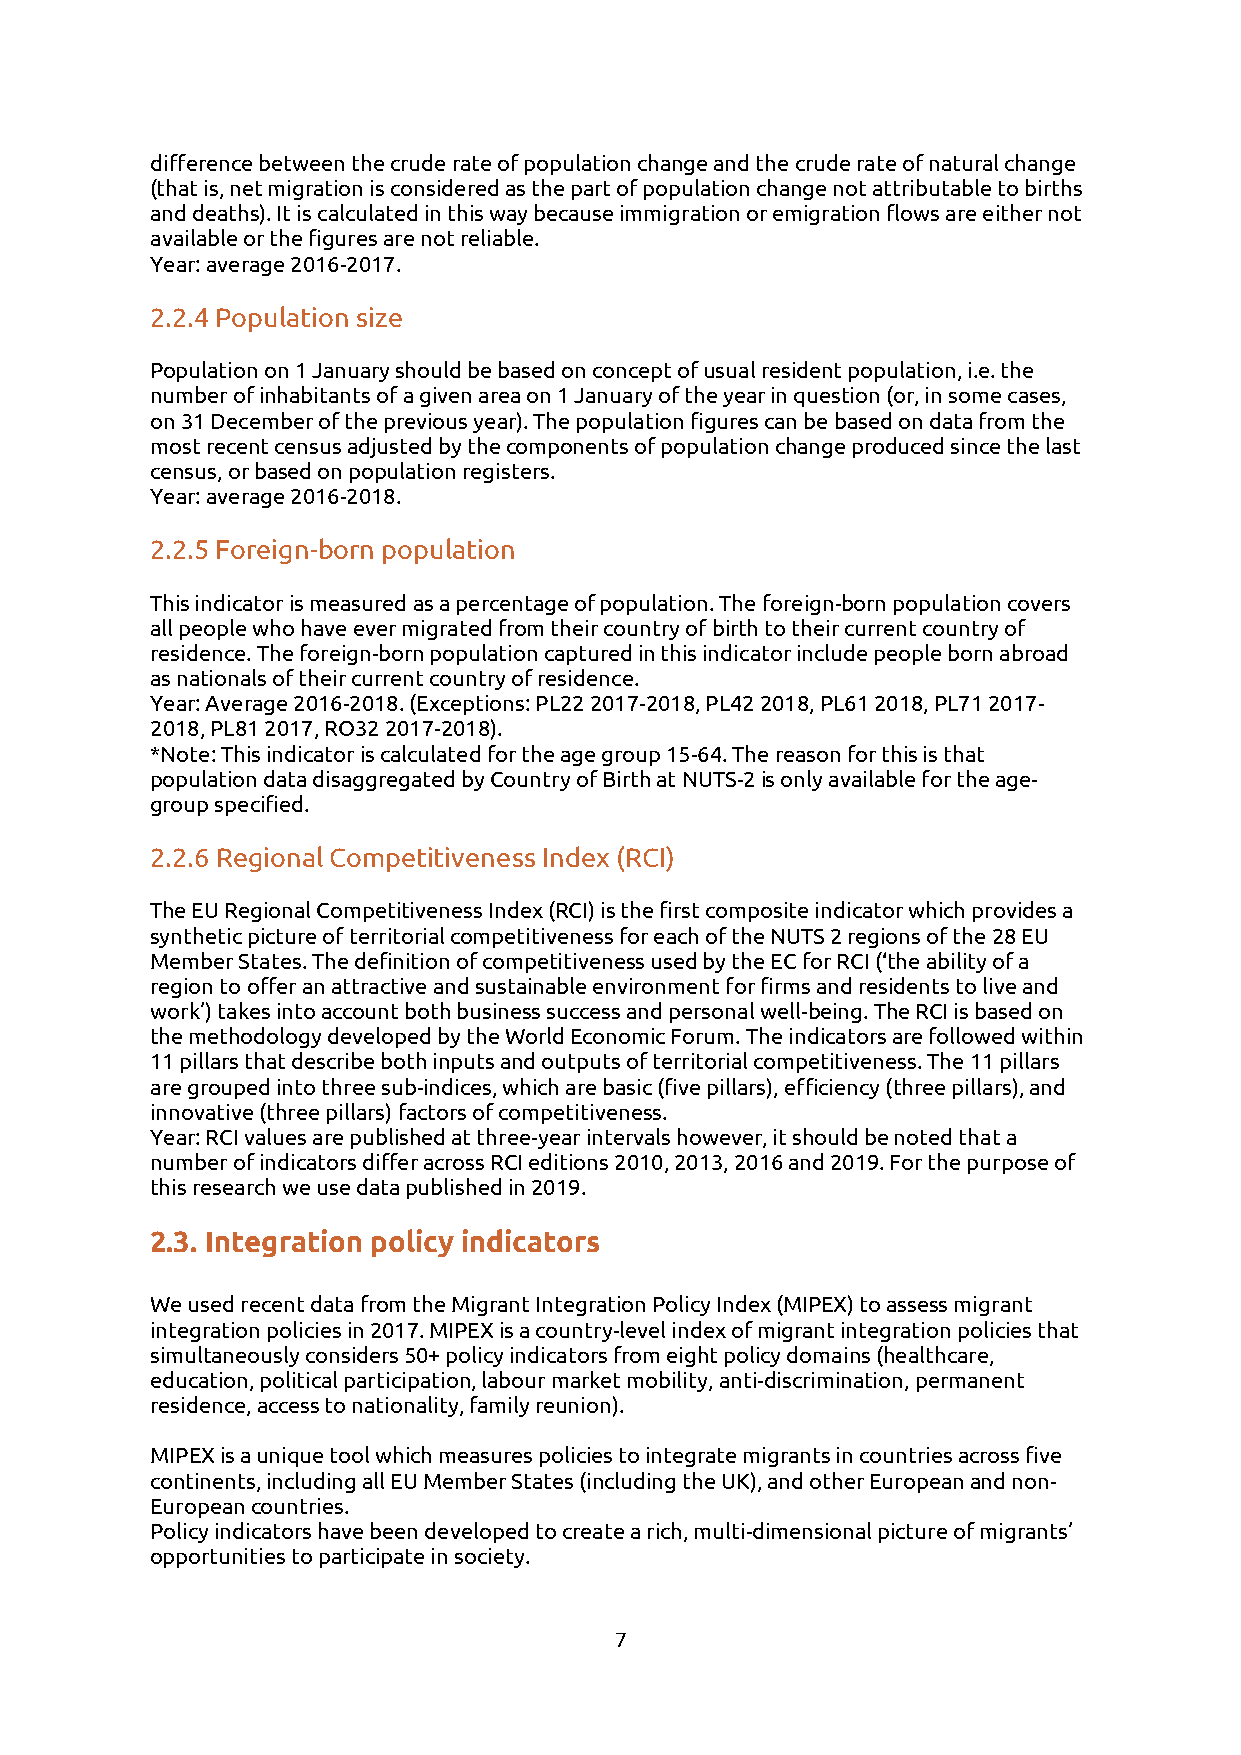
difference between the crude rate of population change and the crude rate of natural change
 (that is, net migration is considered as the part of population change not attributable to births
 and deaths). It is calculated in this way because immigration or emigration flows are either not
 available or the figures are not reliable.
 Year: average 2016-2017.
 2.2.4 Population size
 Population on 1 January should be based on concept of usual resident population, i.e. the
 number of inhabitants of a given area on 1 January of the year in question (or, in some cases,
 on 31 December of the previous year). The population figures can be based on data from the
 most recent census adjusted by the components of population change produced since the last
 census, or based on population registers.
 Year: average 2016-2018.
 2.2.5 Foreign-born population
 This indicator is measured as a percentage of population. The foreign-born population covers
 all people who have ever migrated from their country of birth to their current country of
 residence. The foreign-born population captured in this indicator include people born abroad
 as nationals of their current country of residence.
 Year: Average 2016-2018. (Exceptions: PL22 2017-2018, PL42 2018, PL61 2018, PL71 2017-
 2018, PL81 2017, RO32 2017-2018).
 *Note: This indicator is calculated for the age group 15-64. The reason for this is that
 population data disaggregated by Country of Birth at NUTS-2 is only available for the age-
 group specified.
 2.2.6 Regional Competitiveness Index (RCI)
 The EU Regional Competitiveness Index (RCI) is the first composite indicator which provides a
 synthetic picture of territorial competitiveness for each of the NUTS 2 regions of the 28 EU
 Member States. The definition of competitiveness used by the EC for RCI (‘the ability of a
 region to offer an attractive and sustainable environment for firms and residents to live and
 work’) takes into account both business success and personal well-being. The RCI is based on
 the methodology developed by the World Economic Forum. The indicators are followed within
 11 pillars that describe both inputs and outputs of territorial competitiveness. The 11 pillars
 are grouped into three sub-indices, which are basic (five pillars), efficiency (three pillars), and
 innovative (three pillars) factors of competitiveness.
 Year: RCI values are published at three-year intervals however, it should be noted that a
 number of indicators differ across RCI editions 2010, 2013, 2016 and 2019. For the purpose of
 this research we use data published in 2019.
 2.3. Integration policy indicators
 We used recent data from the Migrant Integration Policy Index (MIPEX) to assess migrant
 integration policies in 2017. MIPEX is a country-level index of migrant integration policies that
 simultaneously considers 50+ policy indicators from eight policy domains (healthcare,
 education, political participation, labour market mobility, anti-discrimination, permanent
 residence, access to nationality, family reunion).
 MIPEX is a unique tool which measures policies to integrate migrants in countries across five
 continents, including all EU Member States (including the UK), and other European and non-
 European countries.
 Policy indicators have been developed to create a rich, multi-dimensional picture of migrants’
 opportunities to participate in society.
 7